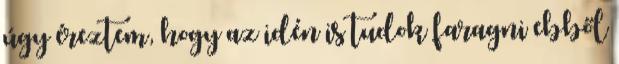
úgy éreztem, hogy az idén is tudok faragni ebből